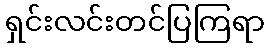
ရှင်းလင်းတင်ပြကြရာ